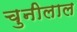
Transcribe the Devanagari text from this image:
चुनीलाल